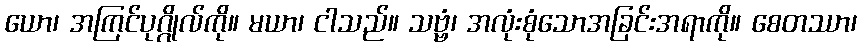
ယော၊ အကြင်ပုဂ္ဂိုလ်ကို။ မယာ၊ ငါသည်။ သဗ္ဗံ၊ အလုံးစုံသောအခြင်းအရာကို။ စေတဿာ၊